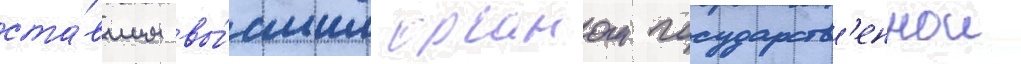
ста́вшим вы́сшим органом государств'еннои